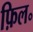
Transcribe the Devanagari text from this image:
फ़िल॰